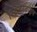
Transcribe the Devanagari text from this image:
स्ट्रिंजरटाइप